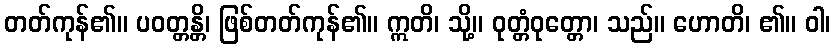
တတ်ကုန်၏။ ပဝတ္တန္တိ၊ ဖြစ်တတ်ကုန်၏။ ဣတိ၊ သို့။ ဝုတ္တံဝုတ္တော၊ သည်။ ဟောတိ၊ ၏။ ဝါ၊